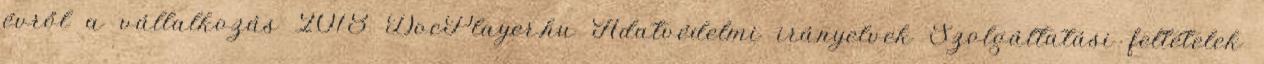
évről a vállalkozás 2018 DocPlayer.hu Adatvédelmi irányelvek Szolgáltatási feltételek